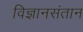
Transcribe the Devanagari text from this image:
विज्ञानसंतान